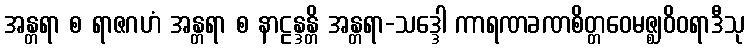
အန္တရာ စ ရာဇဂဟံ အန္တရာ စ နာဠန္ဒန္တိ အန္တရာ-သဒ္ဒေါ ကာရဏခဏစိတ္တဝေမဇ္ဈဝိဝရာဒီသု